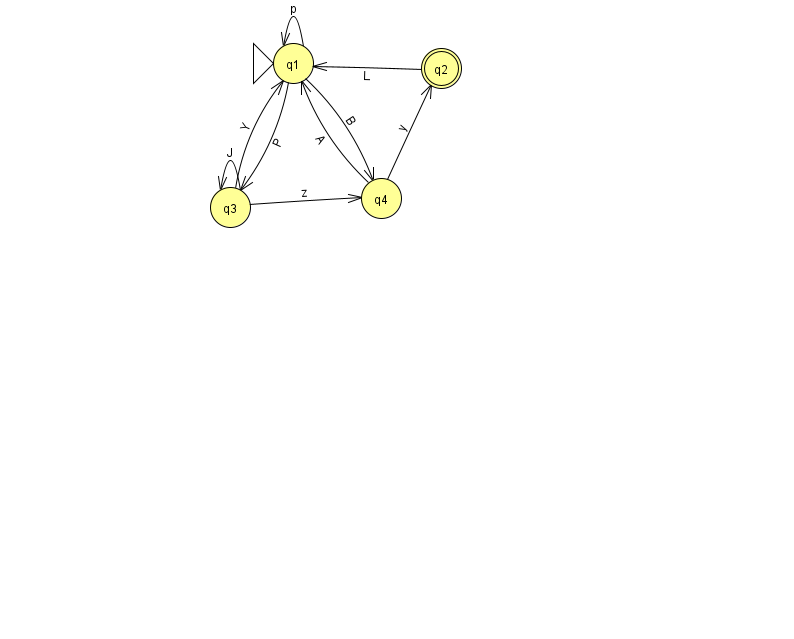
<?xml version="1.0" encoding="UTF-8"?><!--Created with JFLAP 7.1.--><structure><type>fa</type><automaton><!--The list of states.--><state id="1" name="q1"><x>293.0</x><y>50.0</y><initial/></state><state id="2" name="q2"><x>441.0</x><y>55.0</y><final/></state><state id="3" name="q3"><x>230.0</x><y>194.0</y></state><state id="4" name="q4"><x>381.0</x><y>185.0</y></state><!--The list of transitions.--><transition><from>1</from><to>1</to><read>p</read></transition><transition><from>3</from><to>4</to><read>z</read></transition><transition><from>4</from><to>1</to><read>A</read></transition><transition><from>1</from><to>4</to><read>B</read></transition><transition><from>3</from><to>1</to><read>Y</read></transition><transition><from>2</from><to>1</to><read>L</read></transition><transition><from>3</from><to>3</to><read>J</read></transition><transition><from>1</from><to>3</to><read>P</read></transition><transition><from>4</from><to>2</to><read>y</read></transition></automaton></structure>